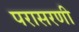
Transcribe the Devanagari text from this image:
परासरणी